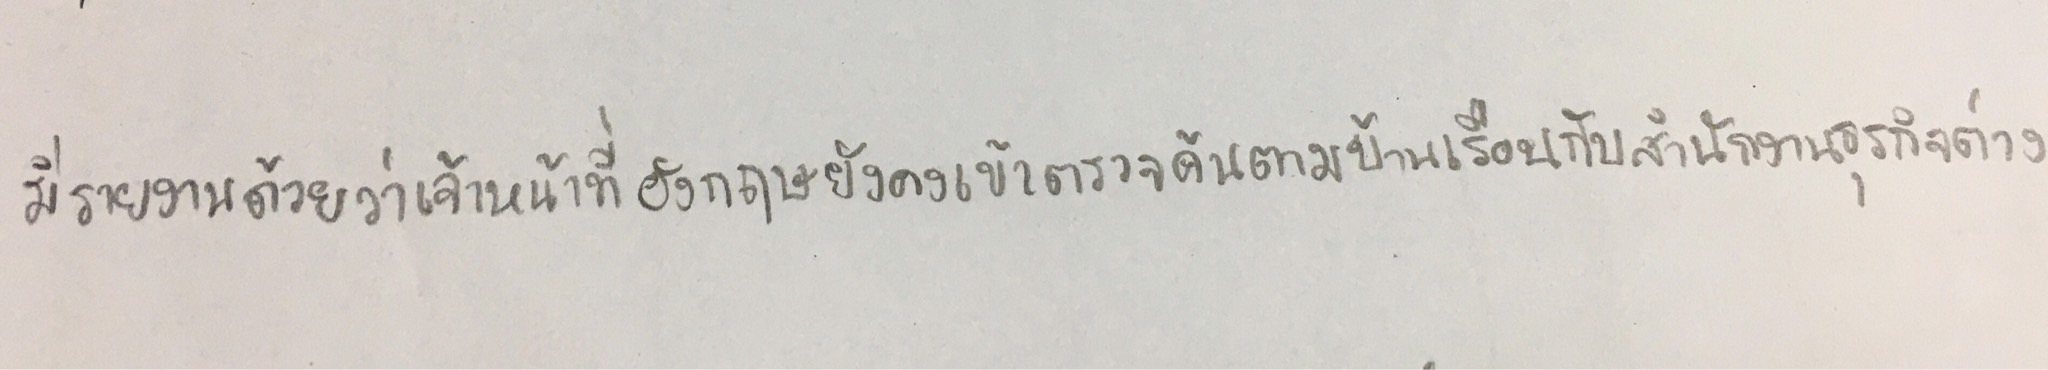
มีรายงานด้วยว่าเจ้าหน้าที่อังกฤษยังคงเข้าตรวจค้นตามบ้านเรือนกับสำนักงานธุรกิจต่างๆ